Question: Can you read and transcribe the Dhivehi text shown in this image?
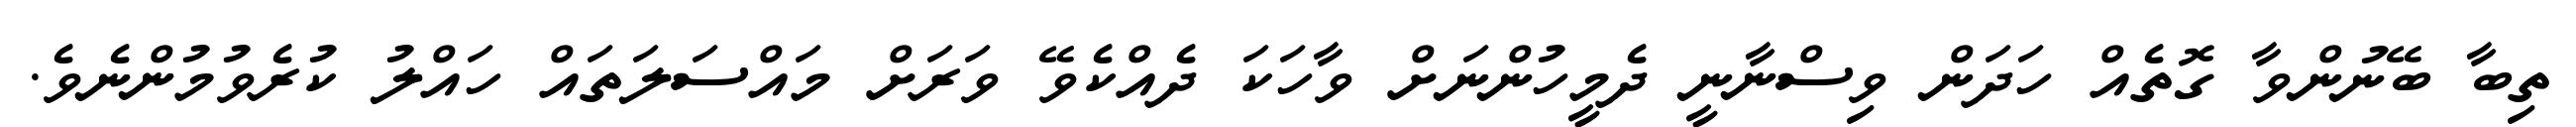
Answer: ތިބާ ބޭނުންވާ ގޮތެއް ހަދަން ވިސްނާނީ ދެމީހުންނަށް ވާހަކަ ދެއްކެވޭ ވަރަށް މައްސަލަތައް ހައްލު ކުރެވުމުންނެވެ.